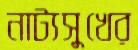
নাট্যসুখের